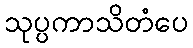
သုပ္ပကာသိတံပေ